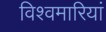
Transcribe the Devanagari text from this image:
विश्वमारियां